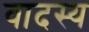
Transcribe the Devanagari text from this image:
वादस्य